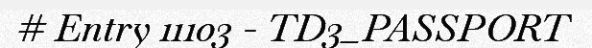
# Entry 11103 - TD3_PASSPORT